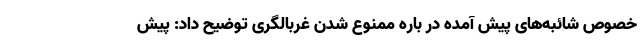
خصوص شائبه‌های پیش آمده در باره ممنوع شدن غربالگری توضیح داد: پیش